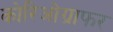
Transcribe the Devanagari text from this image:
कोरिओग्राफर